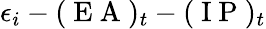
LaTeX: \epsilon_{i}-(\mathrm{~E~A~})_{t}-(\mathrm{~I~P~})_{t}